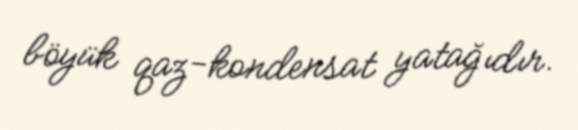
böyük qaz-kondensat yatağıdır.